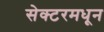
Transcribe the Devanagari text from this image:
सेक्टरमधून